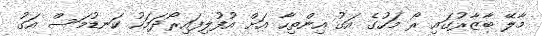
މާލޭ ބާޒާރުގައި ރޯ މަހުގެ އަގު އިންތިހާ އަށް އުފުލިފައިރޯދަމަހު ކަނޑުމަސް އަގު